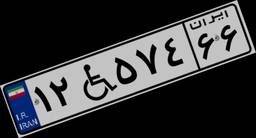
۱۲W۵۷۴۶۶